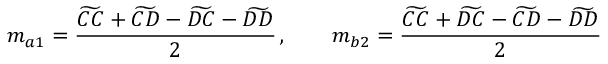
m _ { a 1 } = \frac { \widetilde { C C } + \widetilde { C D } - \widetilde { D C } - \widetilde { D D } } { 2 } \, , \qquad m _ { b 2 } = \frac { \widetilde { C C } + \widetilde { D C } - \widetilde { C D } - \widetilde { D D } } { 2 }